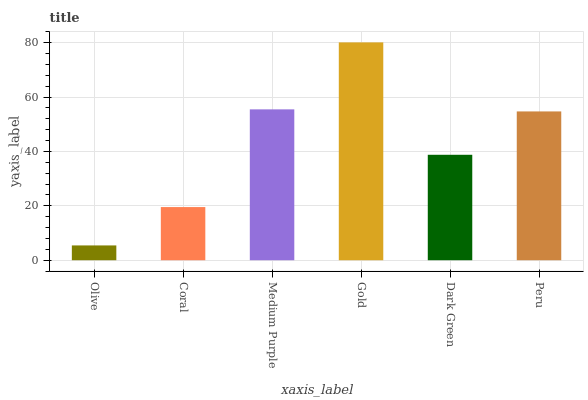
| xaxis_label | bars |
 | --- | --- |
 | Olive | 5.45 |
 | Coral | 19.6 |
 | Medium Purple | 55.5 |
 | Gold | 80.1 |
 | Dark Green | 38.8 |
 | Peru | 54.7 |